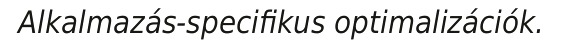
Alkalmazás-specifikus optimalizációk.